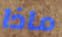
ماذا